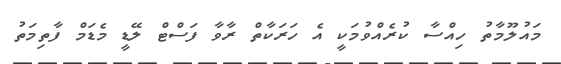
މައުލޫމާތު ހިއްސާ ކުރެއްވުމަކީ އެ ހަރަކާތް ރާވާ ފަސްޓް ލޭޑީ މެޑަމް ފާތިމަތު